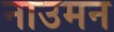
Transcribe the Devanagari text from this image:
नाउमन